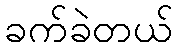
ခက်ခဲတယ်